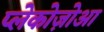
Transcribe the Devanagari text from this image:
प्लेकोज़ोआ